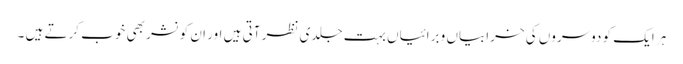
ہر ایک کو دوسروں کی خرابیاں و برائیاں بہت جلدی نظر آتی ہیں اور ان کو نشر بھی خوب کرتے ہیں ۔